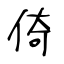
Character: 倚